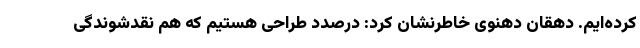
کرده‌ایم. دهقان دهنوی خاطرنشان کرد: درصدد طراحی‌ هستیم که هم نقدشوندگی